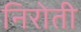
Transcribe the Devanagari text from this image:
निरोती